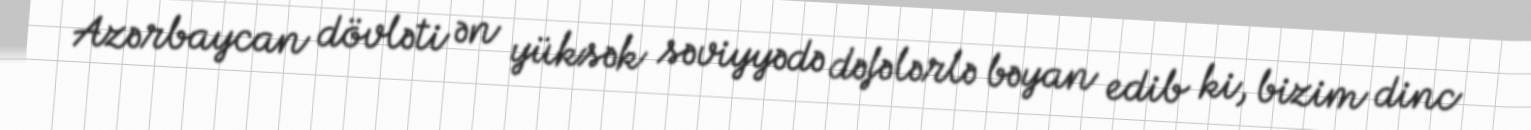
Azərbaycan dövləti ən yüksək səviyyədə dəfələrlə bəyan edib ki, bizim dinc